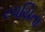
રચયિતા